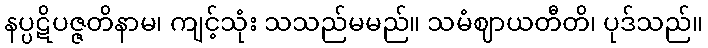
နပ္ပဋိပဇ္ဇတိနာမ၊ ကျင့်သုံး သသည်မမည်။ သမံဈာယတီတိ၊ ပုဒ်သည်။